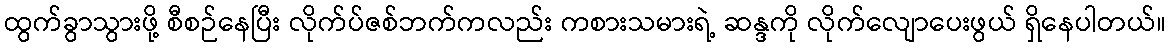
ထွက်ခွာသွားဖို့ စီစဉ်နေပြီး လိုက်ပ်ဇစ်ဘက်ကလည်း ကစားသမားရဲ့ ဆန္ဒကို လိုက်လျောပေးဖွယ် ရှိနေပါတယ်။